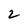
Character: 2